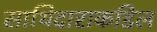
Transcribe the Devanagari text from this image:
साथिदाराकडिल